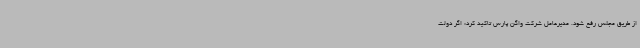
از طریق مجلس رفع شود. مدیرعامل شرکت واگن پارس تاکید کرد: اگر دولت